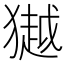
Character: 𭸩